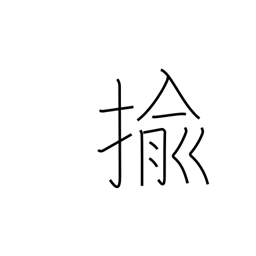
Meaning: pull